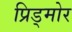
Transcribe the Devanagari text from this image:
प्रिड्मोर